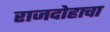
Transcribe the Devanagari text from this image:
राजदोहाचा